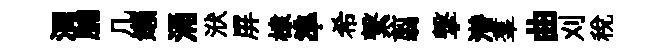
洄脯几嬾涌洑屏棣準希繋翦撃潜羣曲刈税